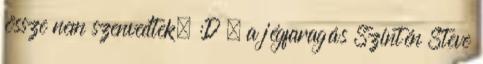
össze nem szenvedtek. :D – a jégfaragás Szintén Steve